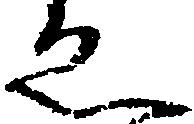
ゑ